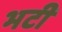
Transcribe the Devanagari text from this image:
भटी